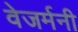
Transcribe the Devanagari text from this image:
वेजर्मनी